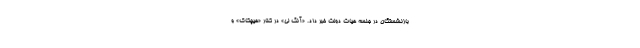
بازنشستگان در جلسه هیات دولت خبر داد. «آنگ لی» در کنار «هیچکاک» و